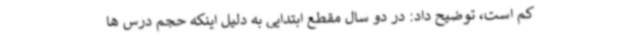
کم است، توضیح داد: در دو سال مقطع ابتدایی به دلیل اینکه حجم درس ها